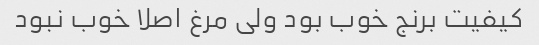
کیفیت برنج خوب بود ولی مرغ اصلا خوب نبود